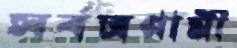
সর্বত্রগামী